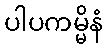
ပါပကမ္မိနံ